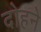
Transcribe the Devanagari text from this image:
दोहने